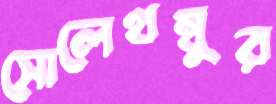
সোলেখম্বুর